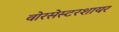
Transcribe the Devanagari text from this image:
वोरसेस्टरशायर